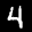
Label: 4